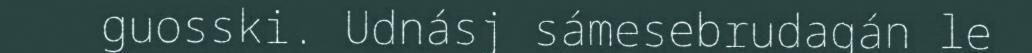
guosski. Udnásj sámesebrudagán le